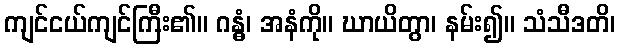
ကျင်ငယ်ကျင်ကြီး၏။ ဂန္ဓံ၊ အနံကို။ ဃာယိတွာ၊ နမ်း၍။ သံသီဒတိ၊